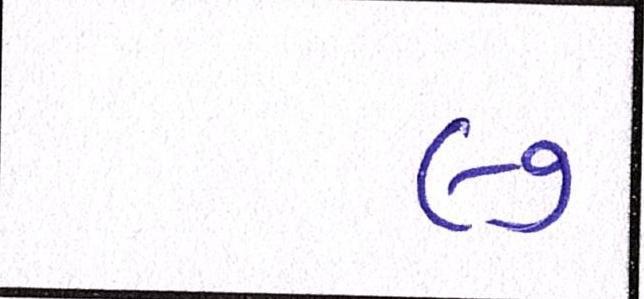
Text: ૯૭